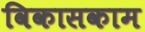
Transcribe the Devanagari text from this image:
विकासकाम